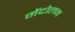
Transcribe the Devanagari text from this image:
मेंदोलन